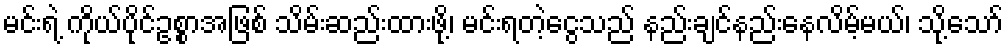
မင်းရဲ့ ကိုယ်ပိုင်ဥစ္စာအဖြစ် သိမ်းဆည်းထားဖို့၊ မင်းရတဲ့ငွေသည် နည်းချင်နည်းနေလိမ့်မယ်၊ သို့သော်